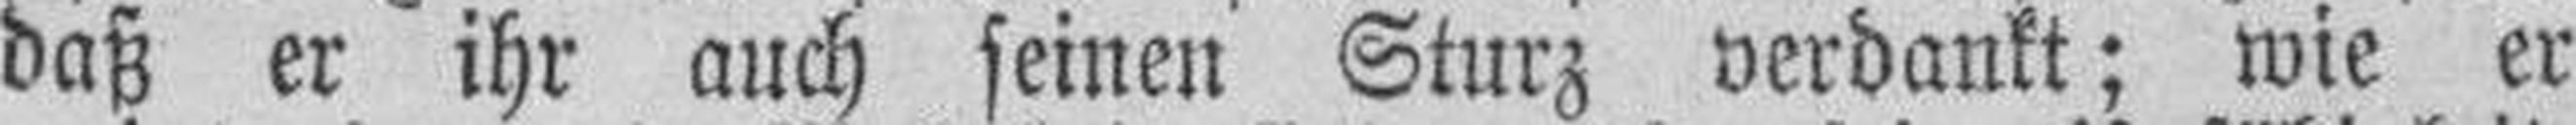
daß er ihr auch seinen Sturz verdankt; wie er